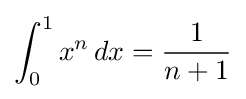
\int _{0}^{1}x^{n}\,dx={\frac {1}{n+1}}